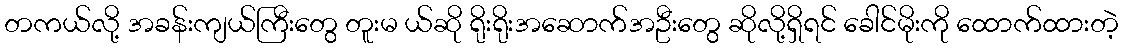
တကယ်လို့ အခန်းကျယ်ကြီးတွေ တူးမ ယ်ဆို ရိုးရိုးအဆောက်အဦးတွေ ဆိုလို့ရှိရင် ခေါင်မိုးကို ထောက်ထားတဲ့